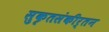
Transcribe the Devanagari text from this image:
सुकृतसंकीर्तन